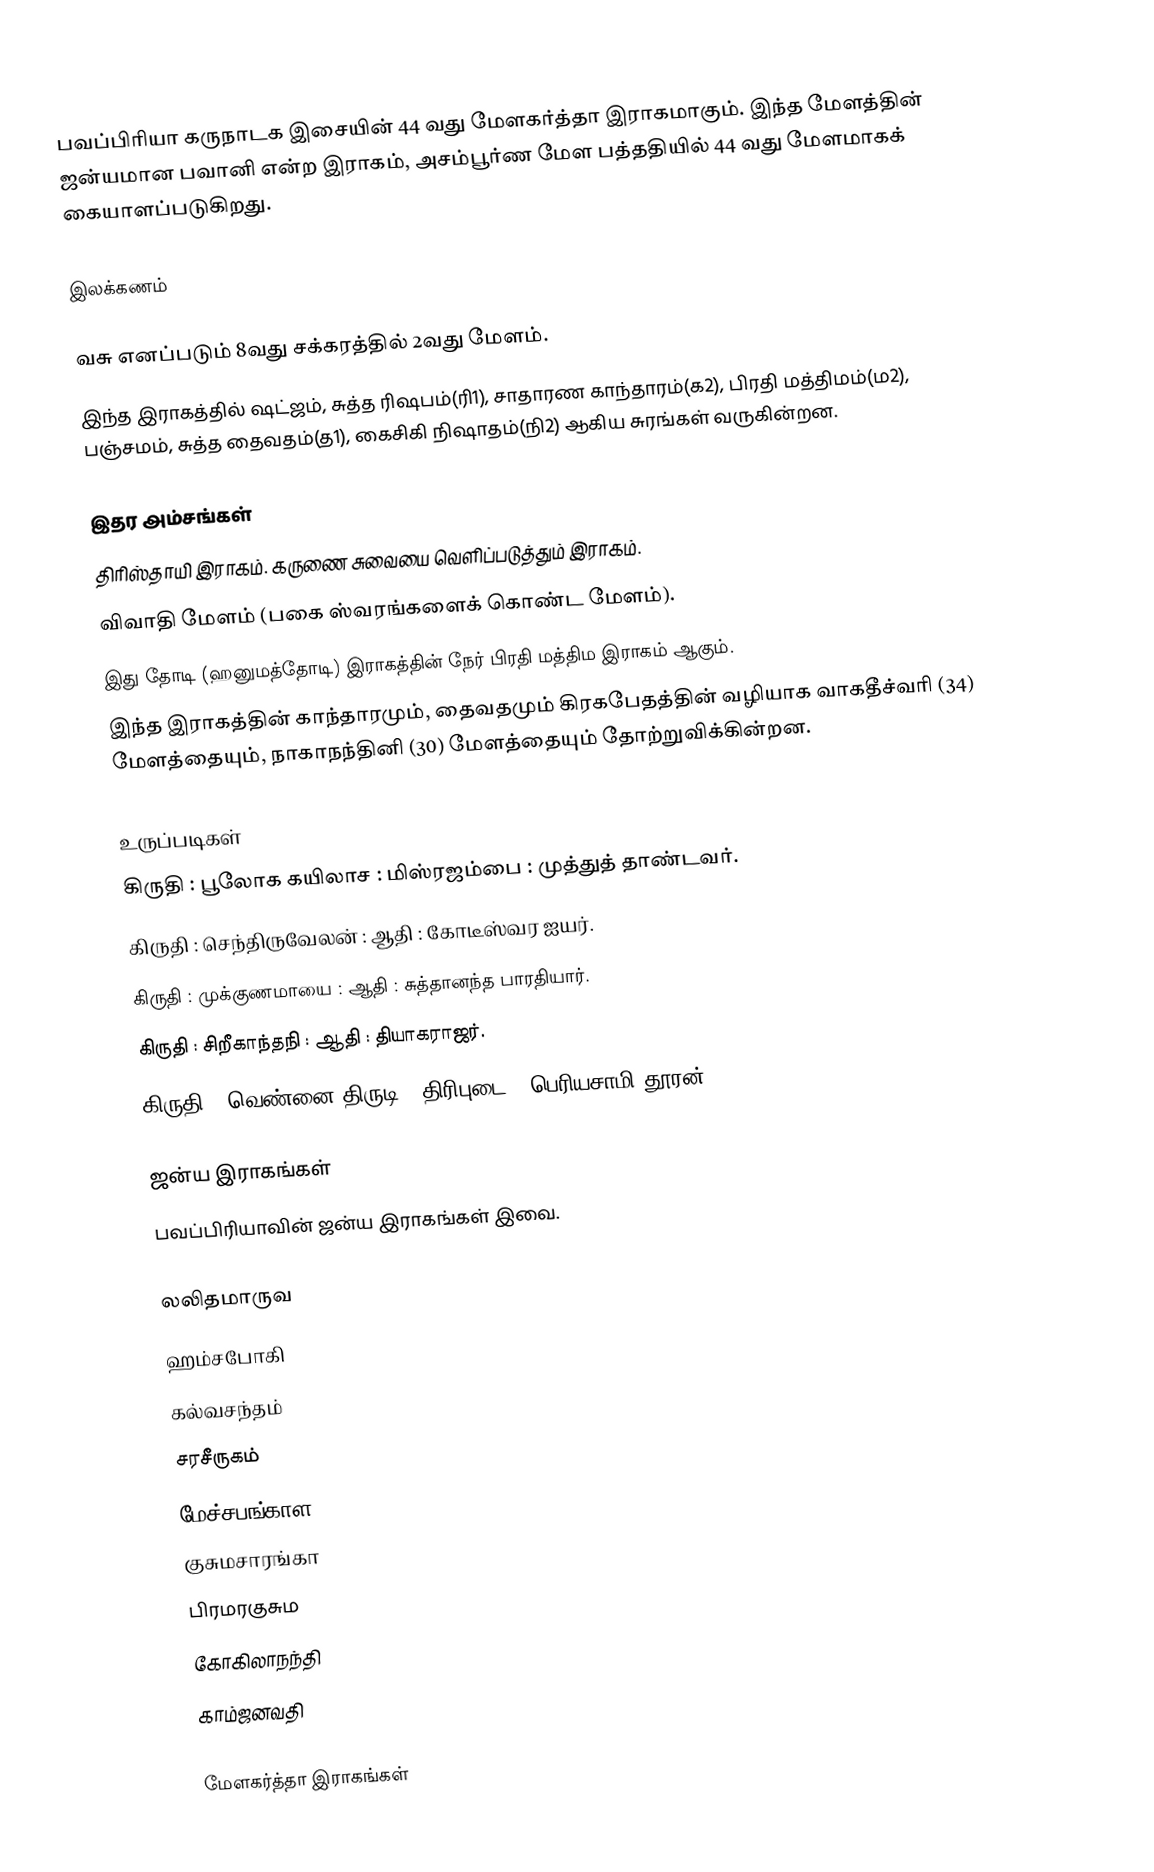
பவப்பிரியா கருநாடக இசையின் 44 வது மேளகர்த்தா இராகமாகும். இந்த மேளத்தின் ஜன்யமான பவானி என்ற இராகம், அசம்பூர்ண மேள பத்ததியில் 44 வது மேளமாகக் கையாளப்படுகிறது.

இலக்கணம்

 வசு எனப்படும்  8வது சக்கரத்தில் 2வது மேளம்.
 இந்த இராகத்தில் ஷட்ஜம், சுத்த ரிஷபம்(ரி1), சாதாரண காந்தாரம்(க2), பிரதி மத்திமம்(ம2), பஞ்சமம், சுத்த தைவதம்(த1), கைசிகி நிஷாதம்(நி2) ஆகிய சுரங்கள் வருகின்றன.

இதர அம்சங்கள்
 திரிஸ்தாயி இராகம். கருணை சுவையை வெளிப்படுத்தும் இராகம்.
 விவாதி மேளம் (பகை ஸ்வரங்களைக் கொண்ட மேளம்).
 இது தோடி (ஹனுமத்தோடி) இராகத்தின் நேர் பிரதி மத்திம இராகம் ஆகும்.
 இந்த இராகத்தின் காந்தாரமும், தைவதமும் கிரகபேதத்தின் வழியாக வாகதீச்வரி (34) மேளத்தையும், நாகாநந்தினி (30) மேளத்தையும் தோற்றுவிக்கின்றன.

உருப்படிகள்
 கிருதி	: பூலோக கயிலாச	: மிஸ்ரஜம்பை	: முத்துத் தாண்டவர்.
 கிருதி	: செந்திருவேலன்	: ஆதி		: கோடீஸ்வர ஐயர்.
 கிருதி	: முக்குணமாயை	: ஆதி		: சுத்தானந்த பாரதியார்.
 கிருதி	: சிறீகாந்தநி		: ஆதி		: தியாகராஜர்.
 கிருதி	: வெண்னை திருடி	: திரிபுடை	: பெரியசாமி தூரன்.

ஜன்ய இராகங்கள்
பவப்பிரியாவின் ஜன்ய இராகங்கள் இவை.

 லலிதமாருவ
 ஹம்சபோகி
 கல்வசந்தம்
 சரசீருகம்
 மேச்சபங்காள
 குசுமசாரங்கா
 பிரமரகுசும
 கோகிலாநந்தி
 காம்ஜனவதி

மேளகர்த்தா இராகங்கள்